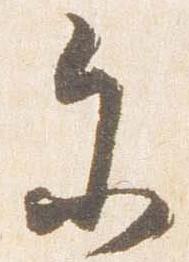
参